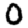
Digit: 0